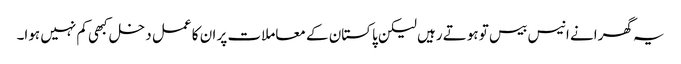
یہ گھرانے انیس بیس تو ہوتے رہیں لیکن پاکستان کے معاملات پر ان کا عمل دخل کبھی کم نہیں ہوا۔